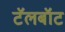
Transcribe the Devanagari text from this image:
टॅलबॉट